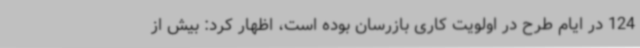
124 در ایام طرح در اولویت کاری بازرسان بوده است، اظهار کرد: بیش از